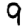
Digit: 9